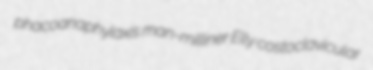
phacoanaphylaxis man-milliner Elly costoclavicular